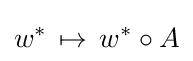
w^{*}\,\mapsto \,w^{*}\circ A